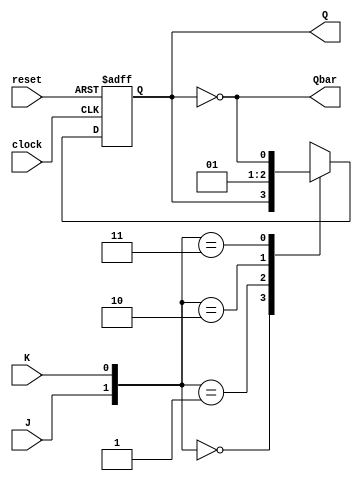
module jk_flip_flop (
  input wire J,
  input wire K,
  input wire clock,
  input wire reset,
  output wire Q,
  output wire Qbar
);

  reg Q;

  always @(posedge clock or posedge reset) begin
    if (reset) begin
      // Reset condition, clear the flip-flop
      Q <= 0;
    end else begin
      // JK flip-flop logic
      case ({J, K})
        2'b00: Q <= Q;     // No change
        2'b01: Q <= 0;      // Reset
        2'b10: Q <= 1;      // Set
        2'b11: Q <= ~Q;     // Toggle
      endcase
    end
  end

  // Qbar is the complement of Q
  assign Qbar = ~Q;

endmodule